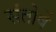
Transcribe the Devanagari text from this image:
संतोषें